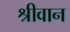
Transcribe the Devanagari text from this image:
श्रीवान